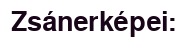
Zsánerképei: